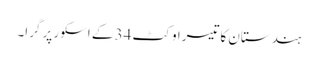
ہندستان کا تیسرا وکٹ 34 کے اسکور پر گرا۔